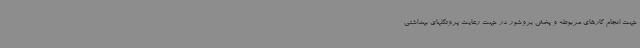
جهت انجام کارهای مربوطه و پخش بروشور در جهت رعایت پروتکلهای بهداشتی